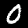
Label: 0